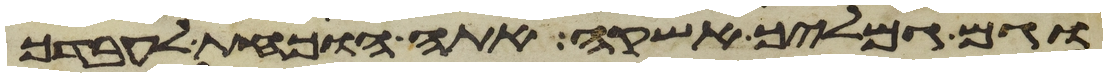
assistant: וגם גמליך אשקה אתה הוכחת לעבדך